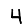
Digit: 4